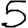
Digit: 5